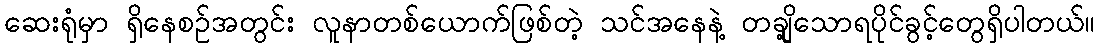
ဆေးရုံမှာ ရှိနေစဉ်အတွင်း လူနာတစ်ယောက်ဖြစ်တဲ့ သင်အနေနဲ့ တချို့သောရပိုင်ခွင့်တွေရှိပါတယ်။